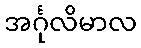
အင်္ဂုလိမာလ